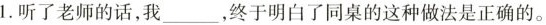
1.听了老师的话，我___，终于明白了同桌的这种做法是正确的。